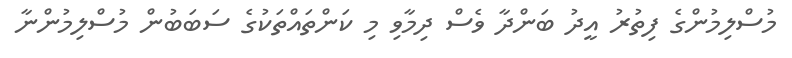
މުސްލިމުންގެ ފިތުރު އީދު ބަންދާ ވެސް ދިމާވި މި ކަންތައްތަކުގެ ސަބަބުން މުސްލިމުންނާ